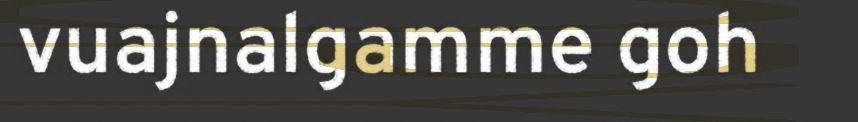
vuajnalgamme goh